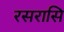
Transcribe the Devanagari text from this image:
रसरासि